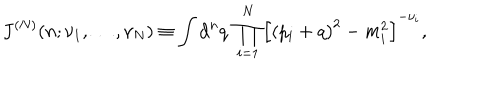
J ^ { ( N ) } ( n ; \nu _ { 1 } , \ldots , \nu _ { N } ) \equiv \int \mathrm { d } ^ { n } q \; \prod _ { i = 1 } ^ { N } \left[ \left( p _ { i } + q \right) ^ { 2 } - m _ { i } ^ { 2 } \right] ^ { - \nu _ { i } } ,